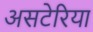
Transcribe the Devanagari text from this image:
असटेरिया